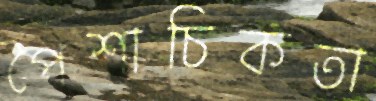
পৈশাচিকতা